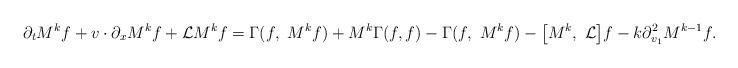
LaTeX: \begin{align*} \partial_t M^kf+v\cdot\partial_x M^kf + \mathcal LM^k f =\Gamma(f,\ M^kf)+M^k\Gamma(f, f)-\Gamma(f,\ M^kf)- \big[M^k,\ \mathcal L\big] f -k\partial_{v_1}^2M^{k-1} f.\end{align*}